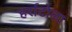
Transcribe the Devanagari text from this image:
हर्राटोला